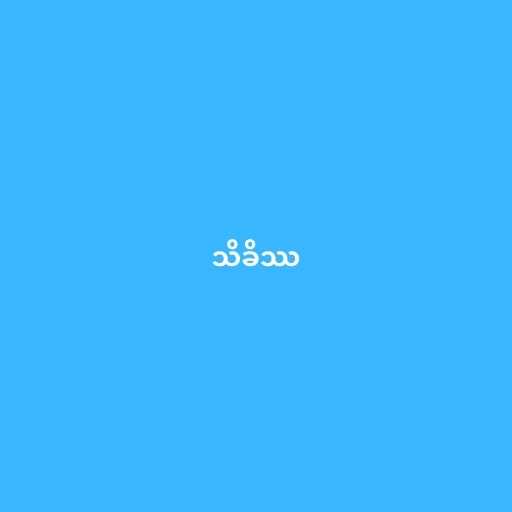
သိခိဿ